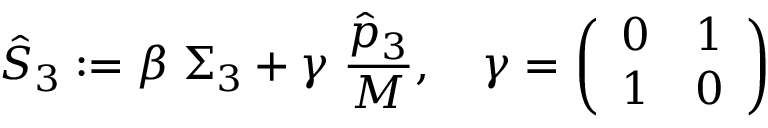
\hat { S } _ { 3 } : = \beta \; \Sigma _ { 3 } + \gamma \; { \frac { \hat { p } _ { 3 } } { M } } , \quad \gamma = \left( \begin{array} { l l } { { 0 } } & { { 1 } } \\ { { 1 } } & { { 0 } } \end{array} \right)